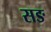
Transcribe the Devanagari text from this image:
सङ